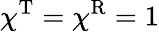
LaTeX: \chi^{\mathrm{T}}=\chi^{\mathrm{R}}=1